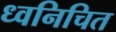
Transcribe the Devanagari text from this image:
ध्वनिचित